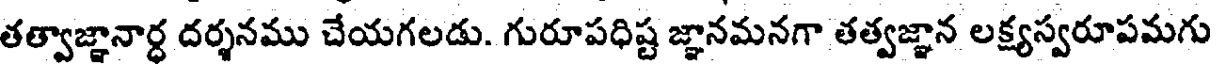
తత్వాజ్ఞానార్ధ దర్శనము చేయగలడు. గురూపధిష్ట జ్ఞానమనగా తత్వజ్ఞాన లక్ష్యస్వరూపమగు